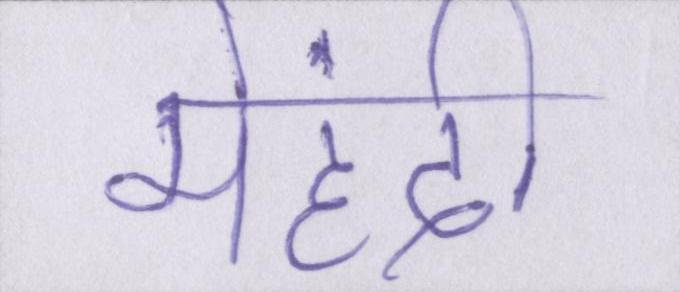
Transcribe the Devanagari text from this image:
मेहंदी